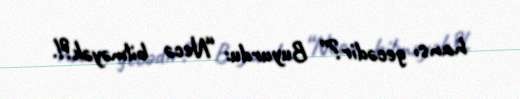
hansı gecədir?” Buyurdu: “Necə bilməyək?!.